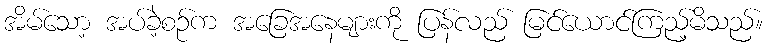
အိမ်သော့ အပ်ခဲ့စဉ်က အခြေအနေများကို ပြန်လည် မြင်ယောင်ကြည့်မိသည်။